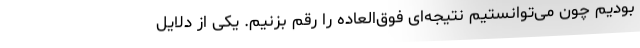
بودیم چون می‌توانستیم نتیجه‌ای فوق‌العاده را رقم بزنیم. یکی از دلایل